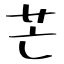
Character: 芒